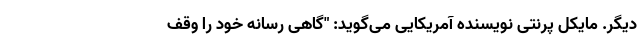
دیگر. مایکل پِرَنتی نویسنده آمریکایی می‌گوید: "گاهی رسانه خود را وقف